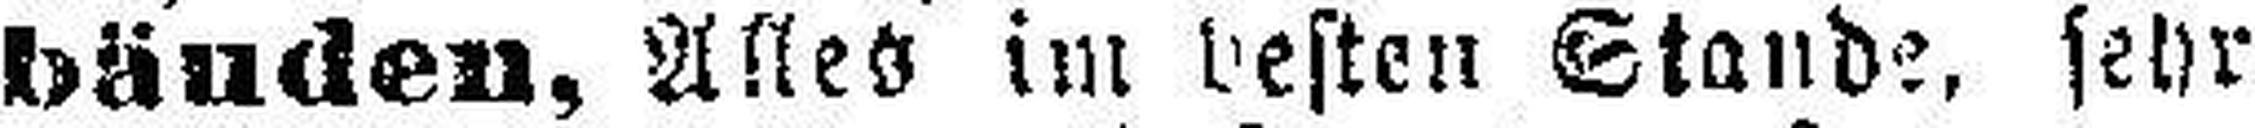
bäuden. Alles im besten Stande, sehr